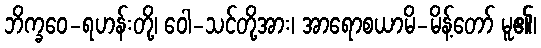
ဘိက္ခဝေ-ရဟန်းတို့၊ ဝေါ-သင်တို့အား၊ အာရောစယာမိ-မိန့်တော် မူ၏၊